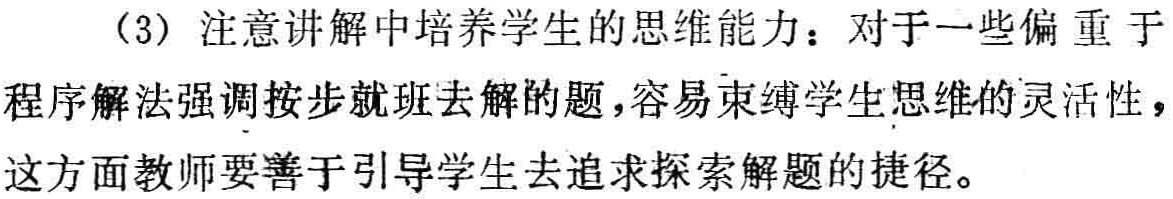
（3）注意讲解中培养学生的思维能力：对于一些偏重于程序解法强调按步就班去解的题，容易束缚学生思维的灵活性，这方面教师要善于引导学生去追求探索解题的捷径。